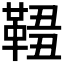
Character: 𩋓